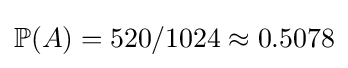
\mathbb {P} (A)=520/1024\approx 0.5078